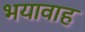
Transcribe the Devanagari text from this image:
भयावाह